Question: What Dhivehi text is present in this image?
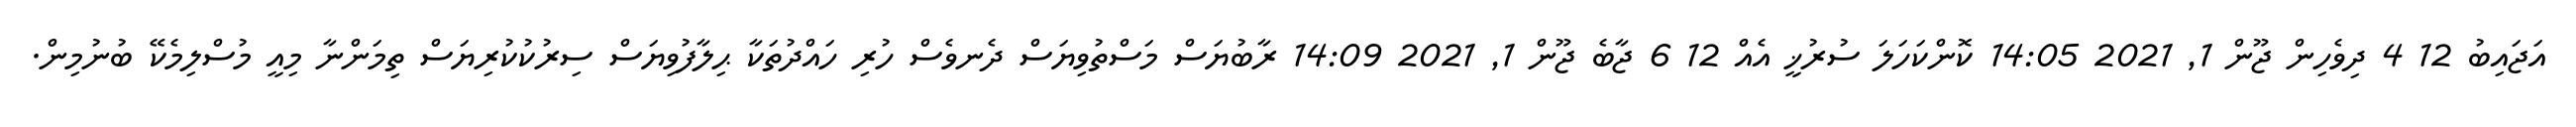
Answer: އަޖައިބު 12 4 ދިވެހިން ޖޫން 1, 2021 14:05 ކޮންކަހަލަ ސުރުޚީ އެއް 12 6 ޖާބެ ޖޫން 1, 2021 14:09 ރާބުޔަސް މަސްތުވިޔަސް ދެނވެސް ހުރި ހައްދުތަކާ ޙިލާފުވިޔަސް ސިރުކުކުރިޔަސް ތިމަންނާ މިއީ މުސްލިމެކޭ ބުނުމިން.